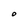
Character: O